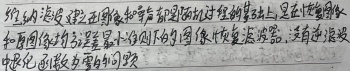
纳滤膜在处理含有有机物的原水过程中常被污染，是目前制约水回用的关键因素。根据不同的污染准则，纳滤膜恢复法包括：物理清洗技术、化学及生物清洗